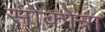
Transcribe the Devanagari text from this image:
सोक़ोत्रा